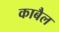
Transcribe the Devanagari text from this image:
काबैल